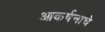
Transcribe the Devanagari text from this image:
आकर्षनाचे